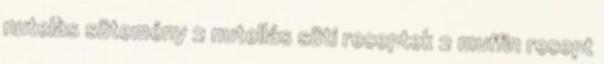
nutelàs sütemény 2 nutellás süti receptek 2 muffin recept